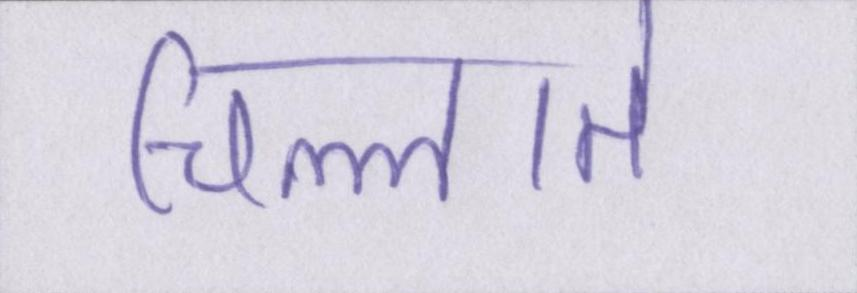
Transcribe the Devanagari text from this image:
चिल्लाते